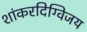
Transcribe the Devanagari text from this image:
शांकरदिग्विजय